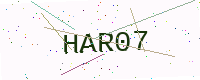
Text: HAR07